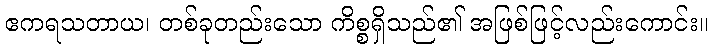
ဧကရသတာယ၊ တစ်ခုတည်းသော ကိစ္စရှိသည်၏ အဖြစ်ဖြင့်လည်းကောင်း။